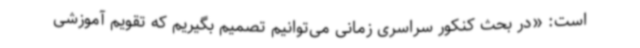
است: «در بحث کنکور سراسری زمانی می‌توانیم تصمیم بگیریم که تقویم آموزشی